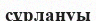
сұрлануы